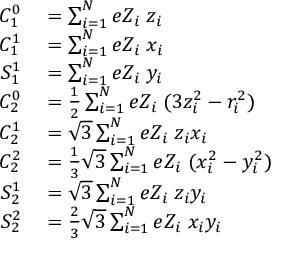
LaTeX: \begin{array} { r l } { C _ { 1 } ^ { 0 } } & { { } = \sum _ { i = 1 } ^ { N } e Z _ { i } \; z _ { i } } \\ { C _ { 1 } ^ { 1 } } & { { } = \sum _ { i = 1 } ^ { N } e Z _ { i } \; x _ { i } } \\ { S _ { 1 } ^ { 1 } } & { { } = \sum _ { i = 1 } ^ { N } e Z _ { i } \; y _ { i } } \\ { C _ { 2 } ^ { 0 } } & { { } = { \frac { 1 } { 2 } } \sum _ { i = 1 } ^ { N } e Z _ { i } \; ( 3 z _ { i } ^ { 2 } - r _ { i } ^ { 2 } ) } \\ { C _ { 2 } ^ { 1 } } & { { } = { \sqrt { 3 } } \sum _ { i = 1 } ^ { N } e Z _ { i } \; z _ { i } x _ { i } } \\ { C _ { 2 } ^ { 2 } } & { { } = { \frac { 1 } { 3 } } { \sqrt { 3 } } \sum _ { i = 1 } ^ { N } e Z _ { i } \; ( x _ { i } ^ { 2 } - y _ { i } ^ { 2 } ) } \\ { S _ { 2 } ^ { 1 } } & { { } = { \sqrt { 3 } } \sum _ { i = 1 } ^ { N } e Z _ { i } \; z _ { i } y _ { i } } \\ { S _ { 2 } ^ { 2 } } & { { } = { \frac { 2 } { 3 } } { \sqrt { 3 } } \sum _ { i = 1 } ^ { N } e Z _ { i } \; x _ { i } y _ { i } } \end{array}